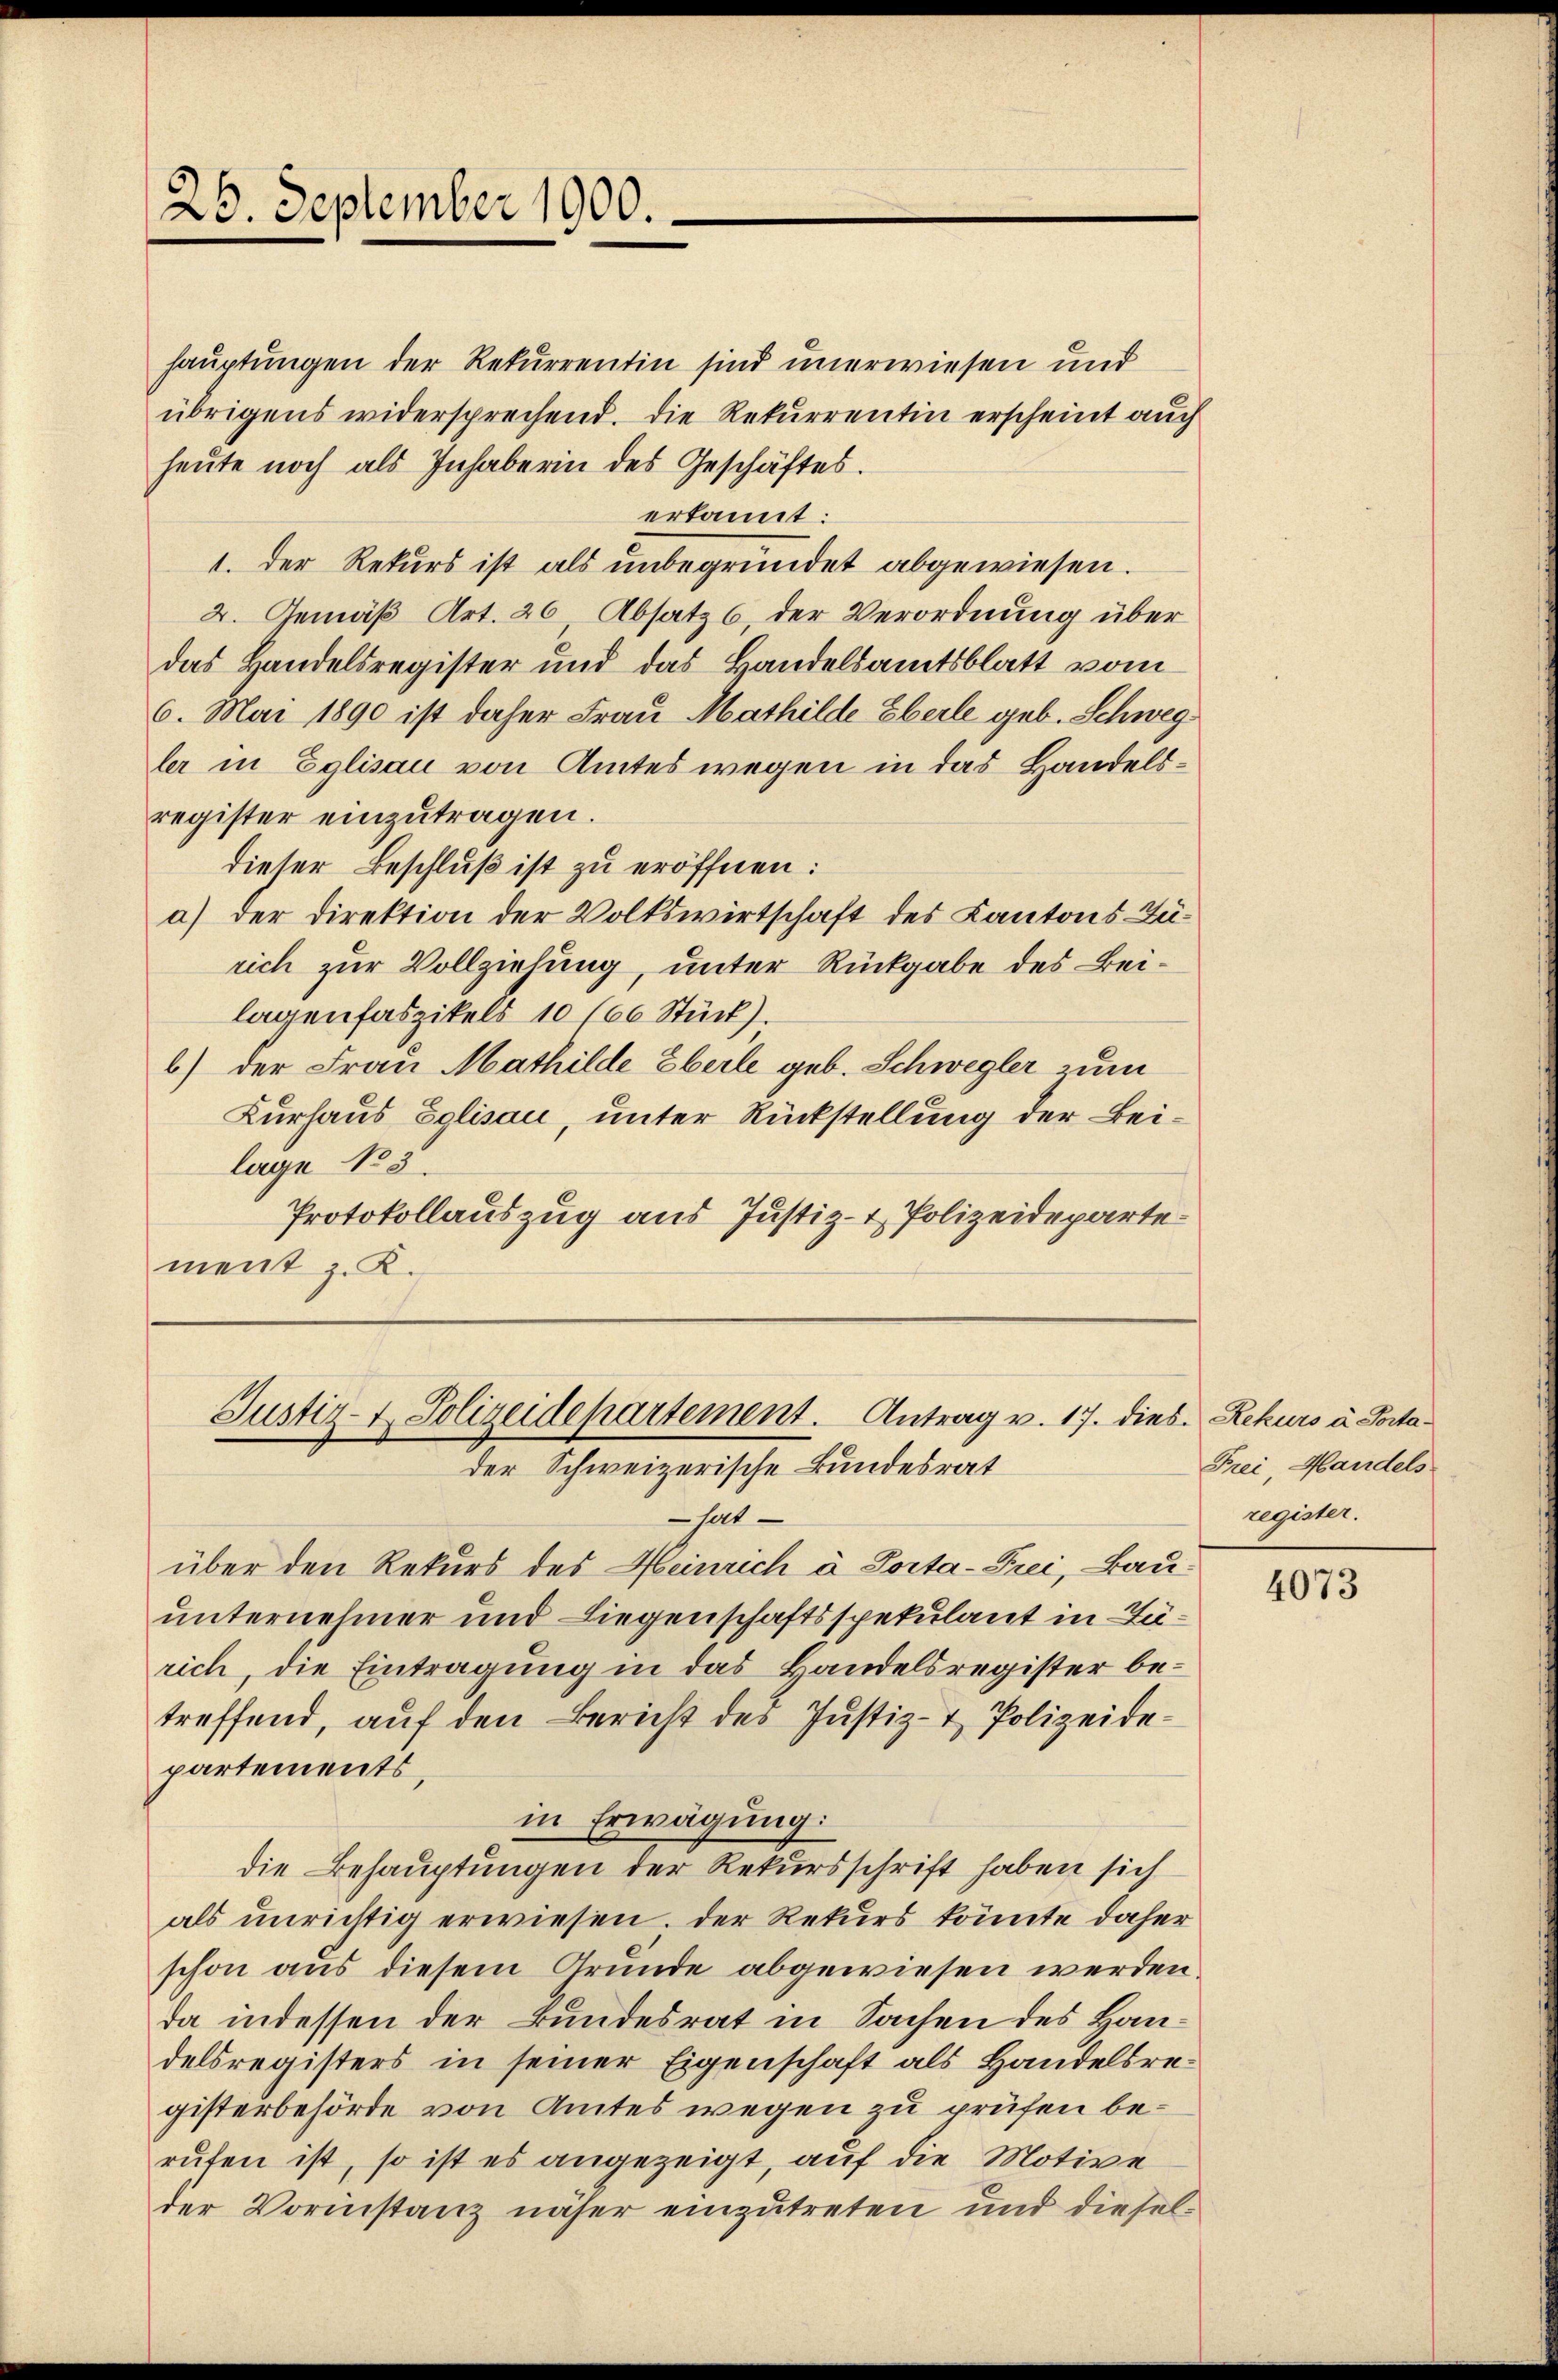
hauptungen der Rekurrentin sind unerwiesen und
übrigens widersprechend. Die Rekurrentin erscheint auch
heŭte noch als Inhaberin des Geschäftes.
erkannt:
1. Der Rekurs ist als unbegründet abgewiesen.
2. Gemäß Art. 26 Absatz 6, der Verordnung über
das Handelsregister und das Handelsamtsblatt vom
6. Mai 1890 ist daher Frau Mathilde Eberle geb. Schwegler in Eglisau von Amtes wegen in das Handelsregister einzutragen.
dieser Beschluß ist zu eröffnen:
a) der Direktion der Volkswirtschaft des Kantons Zürich zur Vollziehung, unter Rückgabe des Beilagenfaszikels 10 (66 Stück).
b) der Frau Mathilde beile geb. Schwegler zum
Kurhaus Eglisau, unter Rückstellung der Beilage No 3.
Protokollauszug aus Justiz- & Polizeidepartement z. K.

ehnt
über den Rekurs des Heinrich à Porta-Frei, Bau-
unternehmer und Liegenschaftsspekulant in Zürich, die Eintragung in das Handelsregister betreffend, auf den Bericht des Justiz- & Polizeidepartements,
in Erwägung:
die Behauptungen der Rekursschrift haben sich
als unrichtig erwiesen. Der Rekurs könnte daher
schon aus diesem Grunde abgewiesen werden.
da indessen der Bundesrat in Sachen des Handelsregisters in seiner Eigenschaft als Handelsregisterbehörde von Amtes wegen zu prüfen berufen ist, so ist es angezeigt, auf die Motive
der Vorinstanz näher einzutreten und diesel¬

20. September 1900.

Justiz- & Polizeidepartement. Antrag v. 17. dies. Rekurs à Portader Schweizerische Bundesrat

Frei, Handels
register.

4073